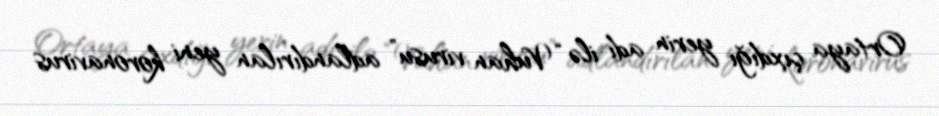
Ortaya çıxdığı yerin adı ilə “Vuhan virusu” adlandırılan yeni koronavirus